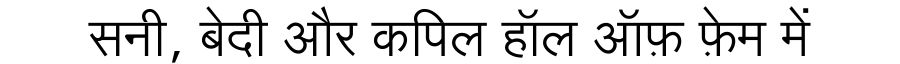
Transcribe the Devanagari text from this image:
सनी, बेदी और कपिल हॉल ऑफ़ फ़ेम में